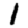
Digit: 1